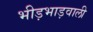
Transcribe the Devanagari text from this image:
भीड़भाड़वाली